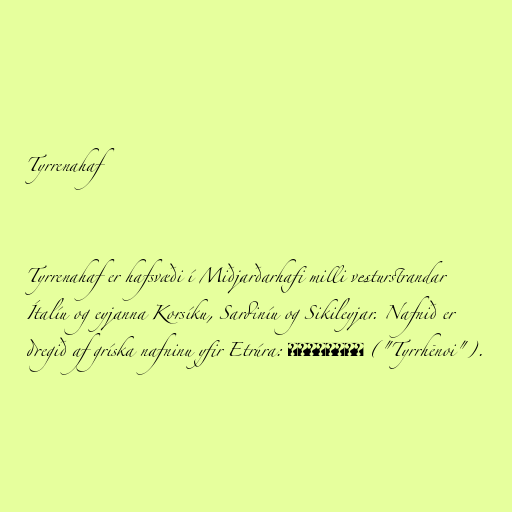
Tyrrenahaf

Tyrrenahaf er hafsvæði í Miðjarðarhafi milli vesturstrandar
Ítalíu og eyjanna Korsíku, Sardiníu og Sikileyjar. Nafnið er
dregið af gríska nafninu yfir Etrúra: Τυῥῥηνόι ("Tyrrhēnoi").